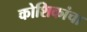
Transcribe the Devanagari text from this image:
कोशिकांचा